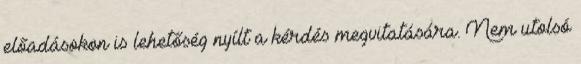
előadásokon is lehetőség nyílt a kérdés megvitatására. Nem utolsó